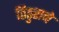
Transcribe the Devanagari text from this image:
ठिठुराने